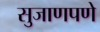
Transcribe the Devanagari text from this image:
सुजाणपणे